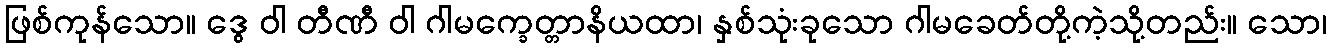
ဖြစ်ကုန်သော။ ဒွေ ဝါ တီဏီ ဝါ ဂါမက္ခေတ္တာနိယထာ၊ နှစ်သုံးခုသော ဂါမခေတ်တို့ကဲ့သို့တည်း။ သော၊